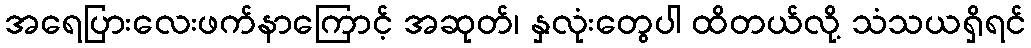
အရေပြားလေးဖက်နာကြောင့် အဆုတ်၊ နှလုံးတွေပါ ထိတယ်လို့ သံသယရှိရင်